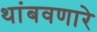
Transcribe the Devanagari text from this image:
थांबवणारे